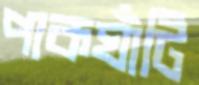
পাকঘাঁটি